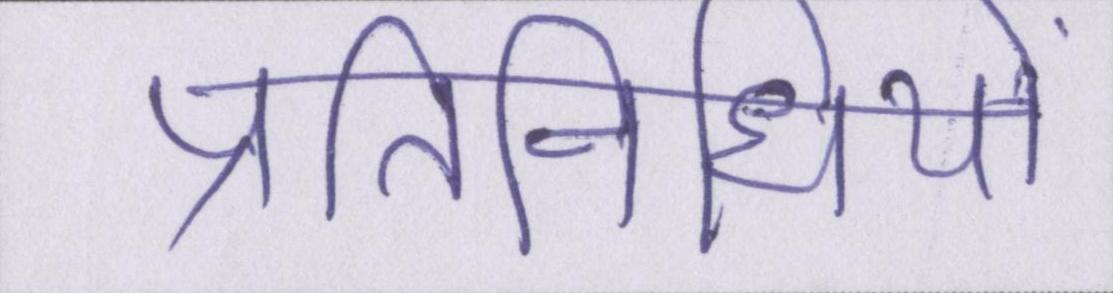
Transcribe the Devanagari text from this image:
प्रतिनिधियों